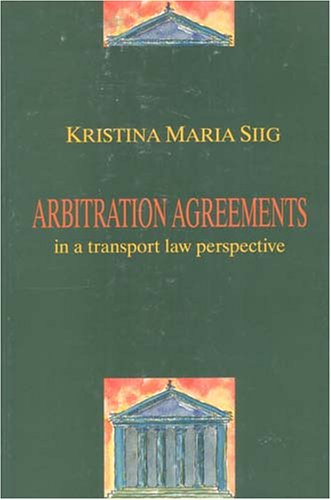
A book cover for Arbitration Agreements: In a Transport Law Perspective; Kristina Maria Siig; Law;